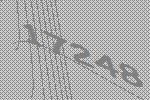
17248